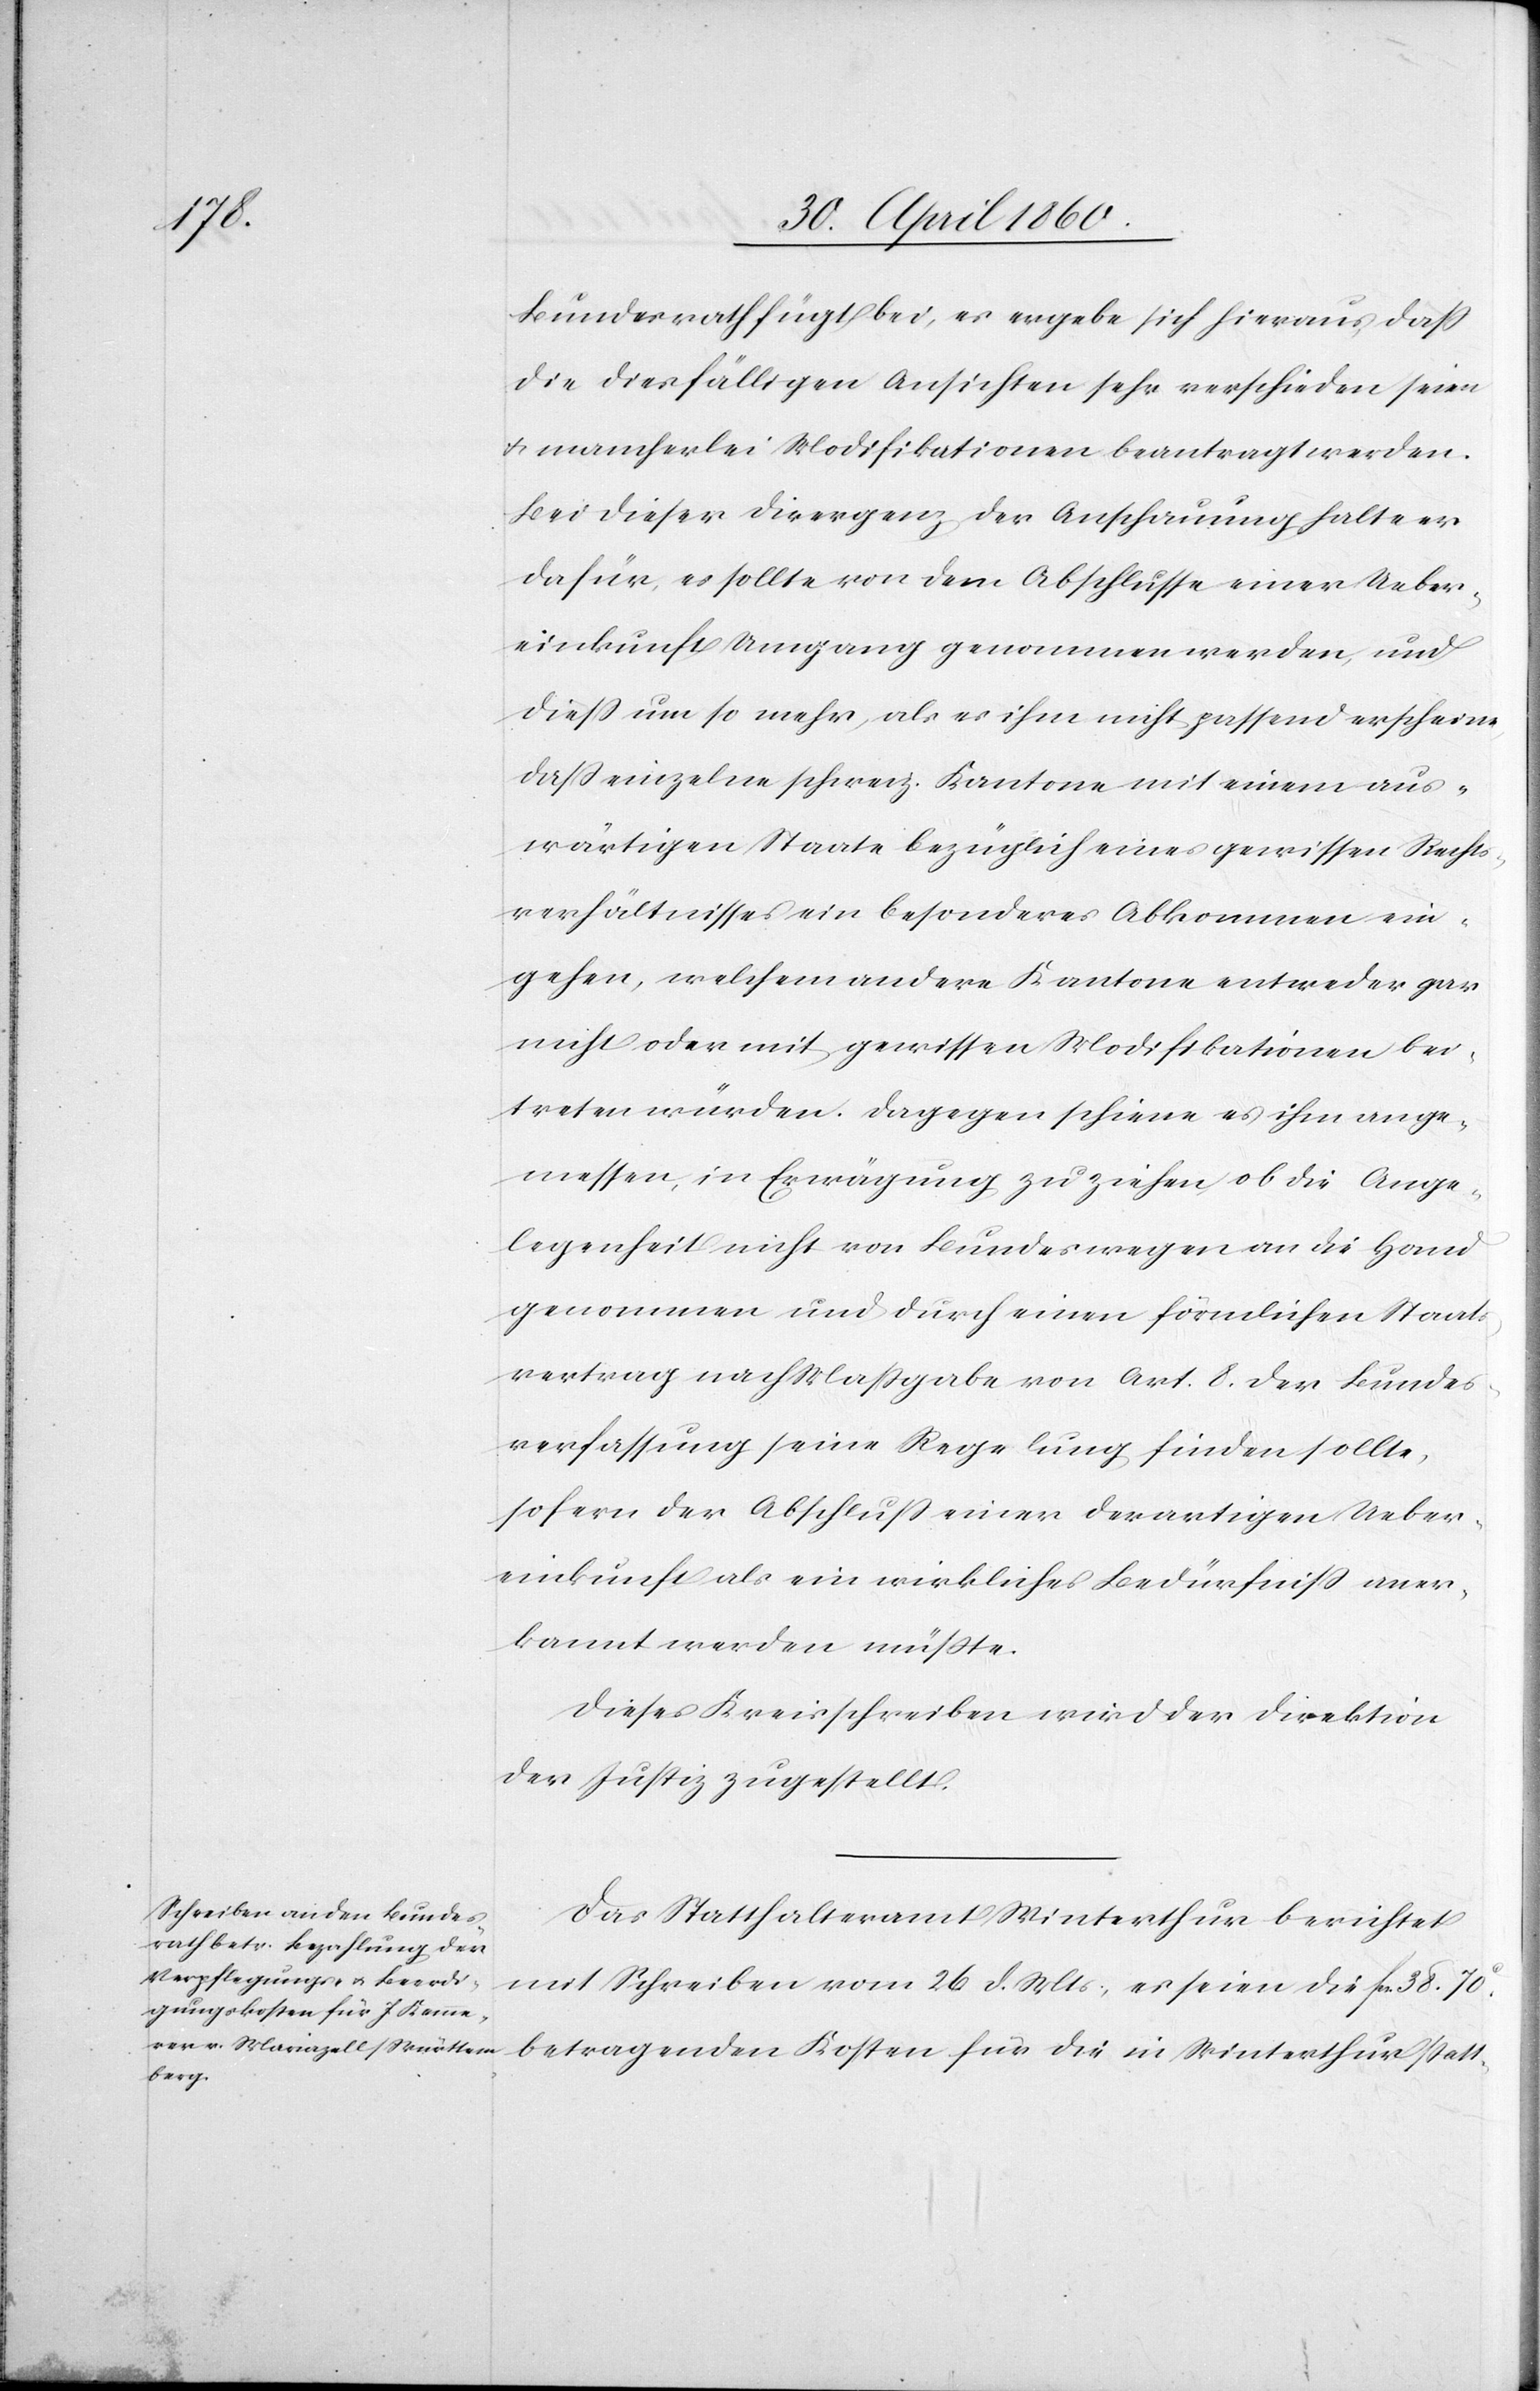
Bundesrath fügt bei, es ergebe sich hieraus, dass
die diesfälligen Ansichten sehr verschieden seien
u. mancherlei Modifikationen beantragt werden.
Bei dieser Divergenz der Anschauung halte er
dafür, es sollte von dem Abschlusse einer Ueber¬
einkunft Umgang genommen werden, und
diess um so mehr, als es ihm nicht passend erscheine
dass einzelne schweiz. Kantone mit einem aus¬
wärtigen Staate bezüglich eines gewissen Rechts¬
verhältnisses ein besonderes Abkommen ein¬
gehen, welchem andere Kantone entweder gar
nicht oder mit gewissen Modifikationen bei¬
treten würden. Dagegen scheine es ihm ange¬
messen, in Erwägung zu ziehen, ob die Ange¬
legenheit nicht von Bundeswegen an die Hand
genommen und durch einen förmlichen Staats¬
vertrag nach Maßgabe von Art. 8. der Bundes¬
verfassung seine Regelung finden sollte,
sofern der Abschluß einer derartigen Ueber¬
einkunft als ein wirkliches Bedürfniss aner¬
kannt werden müsste.
Dieses Kreisschreiben wird der Direktion
der Justiz zugestellt.
Das Statthalteramt Winterthur berichtet
mit Schreiben vom 26. d. Mts, es seien die fr. 38 70C
betragenden Kosten für die in Winterthur statt-